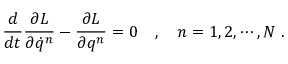
\frac { d } { d t } \frac { \partial L } { \partial \dot { q } ^ { n } } - \frac { \partial L } { \partial q ^ { n } } = 0 \ \ \ , \ \ \ n = 1 , 2 , \cdots , N \ .